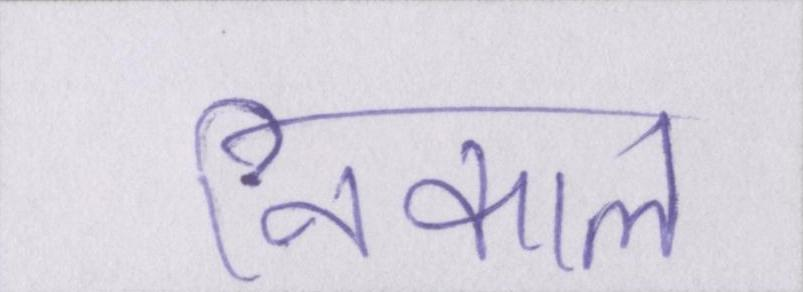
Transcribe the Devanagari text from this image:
निकाल